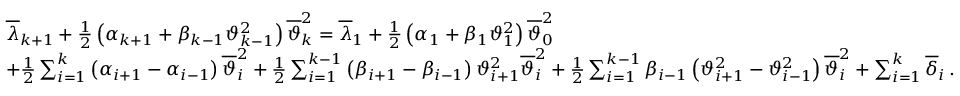
\begin{array} { r l } & { { \overline { { \lambda } } } _ { k + 1 } + \frac { 1 } { 2 } \left( { \alpha } _ { k + 1 } + { \beta } _ { k - 1 } { \vartheta } _ { k - 1 } ^ { 2 } \right) { \overline { { \vartheta } } } _ { k } ^ { 2 } = { \overline { { \lambda } } } _ { 1 } + \frac { 1 } { 2 } \left( { \alpha } _ { 1 } + { \beta } _ { 1 } { \vartheta } _ { 1 } ^ { 2 } \right) { \overline { { \vartheta } } } _ { 0 } ^ { 2 } } \\ & { + \frac { 1 } { 2 } \sum _ { i = 1 } ^ { k } { \left( { \alpha } _ { i + 1 } - { \alpha } _ { i - 1 } \right) { \overline { { \vartheta } } } _ { i } ^ { 2 } } + \frac { 1 } { 2 } \sum _ { i = 1 } ^ { k - 1 } { \left( { \beta } _ { i + 1 } - { \beta } _ { i - 1 } \right) { \vartheta } _ { i + 1 } ^ { 2 } { \overline { { \vartheta } } } _ { i } ^ { 2 } } + \frac { 1 } { 2 } \sum _ { i = 1 } ^ { k - 1 } { { \beta } _ { i - 1 } \left( { \vartheta } _ { i + 1 } ^ { 2 } - { \vartheta } _ { i - 1 } ^ { 2 } \right) { \overline { { \vartheta } } } _ { i } ^ { 2 } } + \sum _ { i = 1 } ^ { k } { { \overline { { \delta } } } _ { i } } \, . } \end{array}